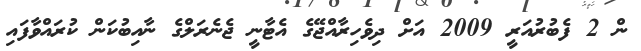
ން 2 ފެބުރުއަރީ 2009 އަށް ދިވެހިރާއްޖޭގެ އެޓާނީ ޖެނެރަލްގެ ނާއިބުކަން ކުރައްވާފައި